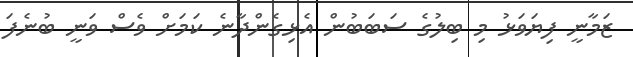
ޒަމާނީ ފިޔަވަޅު މި ބިލުގެ ސަބަބުން އެޅިގެންދާނެ ކަމަށް ވެސް ވަނީ ބުނެފަ